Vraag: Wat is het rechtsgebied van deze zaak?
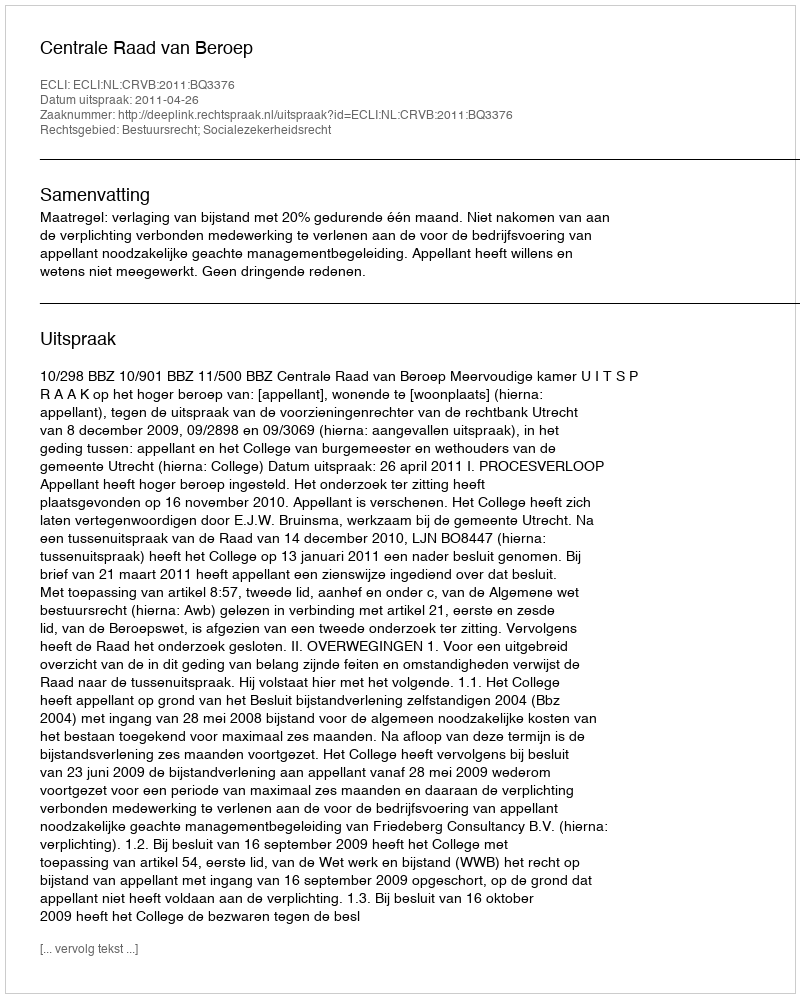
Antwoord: Bestuursrecht; Socialezekerheidsrecht